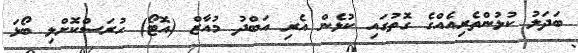
ބަދަލު ކުޅުންތެރިއެއްގެ ގޮތުގައި ކުޅެން އެރި އަބްދު މުއާޒް (އޮޓޯ) ހުރަސްކޮށްލި ބޯޅަ